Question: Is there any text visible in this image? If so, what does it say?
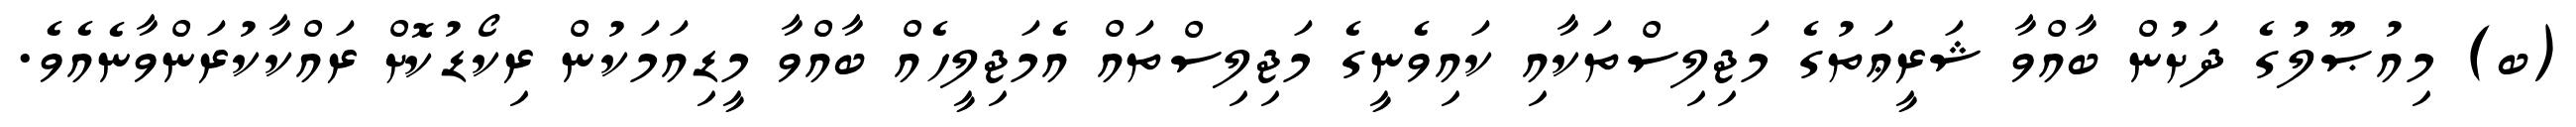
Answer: (ބ) މިއުޞޫލުގެ ދަށުން ބާއްވާ ޝަރީޢަތުގެ މަޖިލިސްތަކާއި ކައިވެނީގެ މަޖިލިސްތައް އެމަޖިލީހެއް ބާއްވާ މީޑިއަމަކުން ރިކޯޑުކޮށް ރައްކާކުރަންވާނެއެވެ.